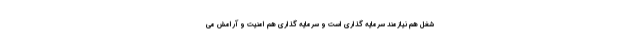
شغل هم نیازمند سرمایه گذاری است و سرمایه گذاری هم امنیت و آرامش می